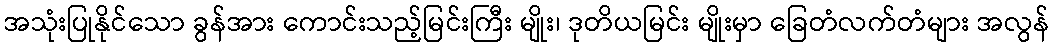
အသုံးပြုနိုင်သော ခွန်အား ကောင်းသည့်မြင်းကြီး မျိုး၊ ဒုတိယမြင်း မျိုးမှာ ခြေတံလက်တံများ အလွန်